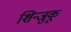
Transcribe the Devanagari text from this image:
शिन्जुकू